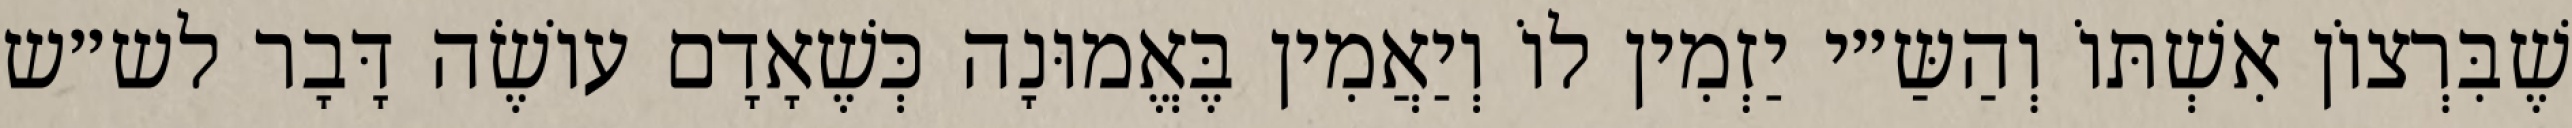
שֶׁבִּרְצוֹן אִשְׁתּוֹ וְהַשַּ״י יַזְמִין לוֹ וְיַאֲמִין בֶּאֱמוּנָה כְּשֶׁאָדָם עוֹשֶׂה דָּבָר לש״ש